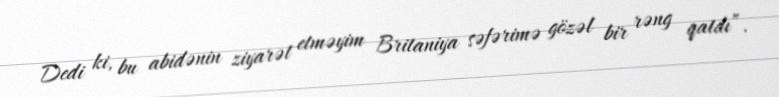
Dedi ki, bu abidənin ziyarət etməyim Britaniya səfərimə gözəl bir rəng qatdı”.